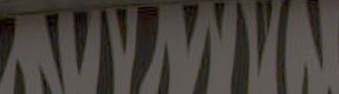
AVYWIN